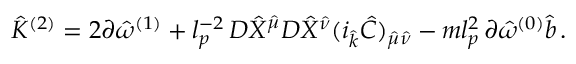
{ \hat { \cal K } } ^ { ( 2 ) } = 2 \partial { \hat { \omega } } ^ { ( 1 ) } + l _ { p } ^ { - 2 } \, D { \hat { X } } ^ { \hat { \mu } } D { \hat { X } } ^ { \hat { \nu } } ( i _ { \hat { k } } { \hat { C } } ) _ { { \hat { \mu } } { \hat { \nu } } } - m l _ { p } ^ { 2 } \, \partial { \hat { \omega } } ^ { ( 0 ) } { \hat { b } } \, .